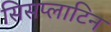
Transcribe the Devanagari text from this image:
सिसप्लाटिन